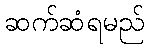
ဆက်ဆံရမည်